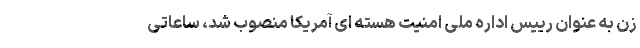
زن به عنوان رییس اداره ملی امنیت هسته ای آمریکا منصوب شد،‌ ساعاتی